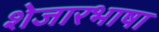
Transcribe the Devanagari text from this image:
शेजारभाषा